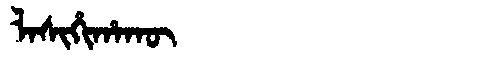
Manchu: ᠯᠠᠰᡳᡥᡳᡥᠠᡴᡡ
Romanization: LASIHIHAKŪ